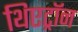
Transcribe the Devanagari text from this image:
थिएट्रॉन